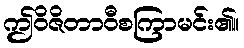
ဤဝိဇိတာဝီစကြာမင်း၏။